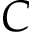
C